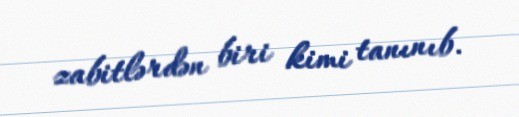
zabitlərdən biri kimi tanınıb.